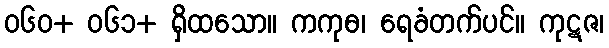
၀၆၀+ ၀၆၁+ ရှိထသော။ ကကုဓ၊ ရေခံတက်ပင်။ ကုဋဇ၊